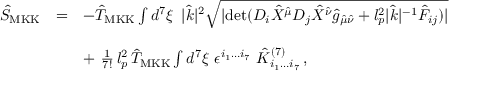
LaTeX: \begin{array} { r c l } { { { \hat { S } } _ { \mathrm { M K K } } } } & { { = } } & { { - { \hat { T } } _ { \mathrm { M K K } } \int d ^ { 7 } \xi \, \, \, | { \hat { k } } | ^ { 2 } \sqrt { | \mathrm { d e t } ( D _ { i } { \hat { X } } ^ { { \hat { \mu } } } D _ { j } { \hat { X } } ^ { { \hat { \nu } } } { \hat { g } } _ { { \hat { \mu } } { \hat { \nu } } } + l _ { p } ^ { 2 } | { \hat { k } } | ^ { - 1 } { \hat { \cal F } _ { i j } } ) | } } } \\ { { } } & { { } } & { { } } \\ { { } } & { { } } & { { + \, \, { \frac { 1 } { 7 ! } } \, l _ { p } ^ { 2 } \, { \hat { T } } _ { \mathrm { M K K } } \int d ^ { 7 } \xi \, \, \epsilon ^ { i _ { 1 } \dots i _ { 7 } } \, \, { \hat { \cal K } } _ { i _ { 1 } \dots i _ { 7 } } ^ { ( 7 ) } \, , } } \end{array}